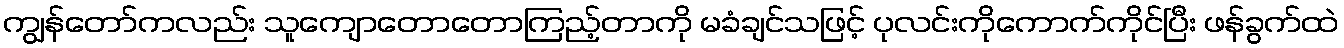
ကျွန်တော်ကလည်း သူကျောတောတောကြည့်တာကို မခံချင်သဖြင့် ပုလင်းကိုကောက်ကိုင်ပြီး ဖန်ခွက်ထဲ